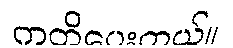
ကတိပေးတယ်။